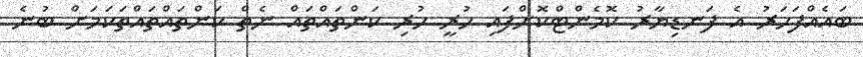
ބައެއްފަހަރު އެ ފަނޑިޔާރު ކޮމެންޓްކޮށްފައި ހުރީ ހުރި ކަންތައްތައް ނެތް ކަންތައްތައްތަކަމަށް ބުނެ